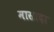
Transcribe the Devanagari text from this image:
मासादा